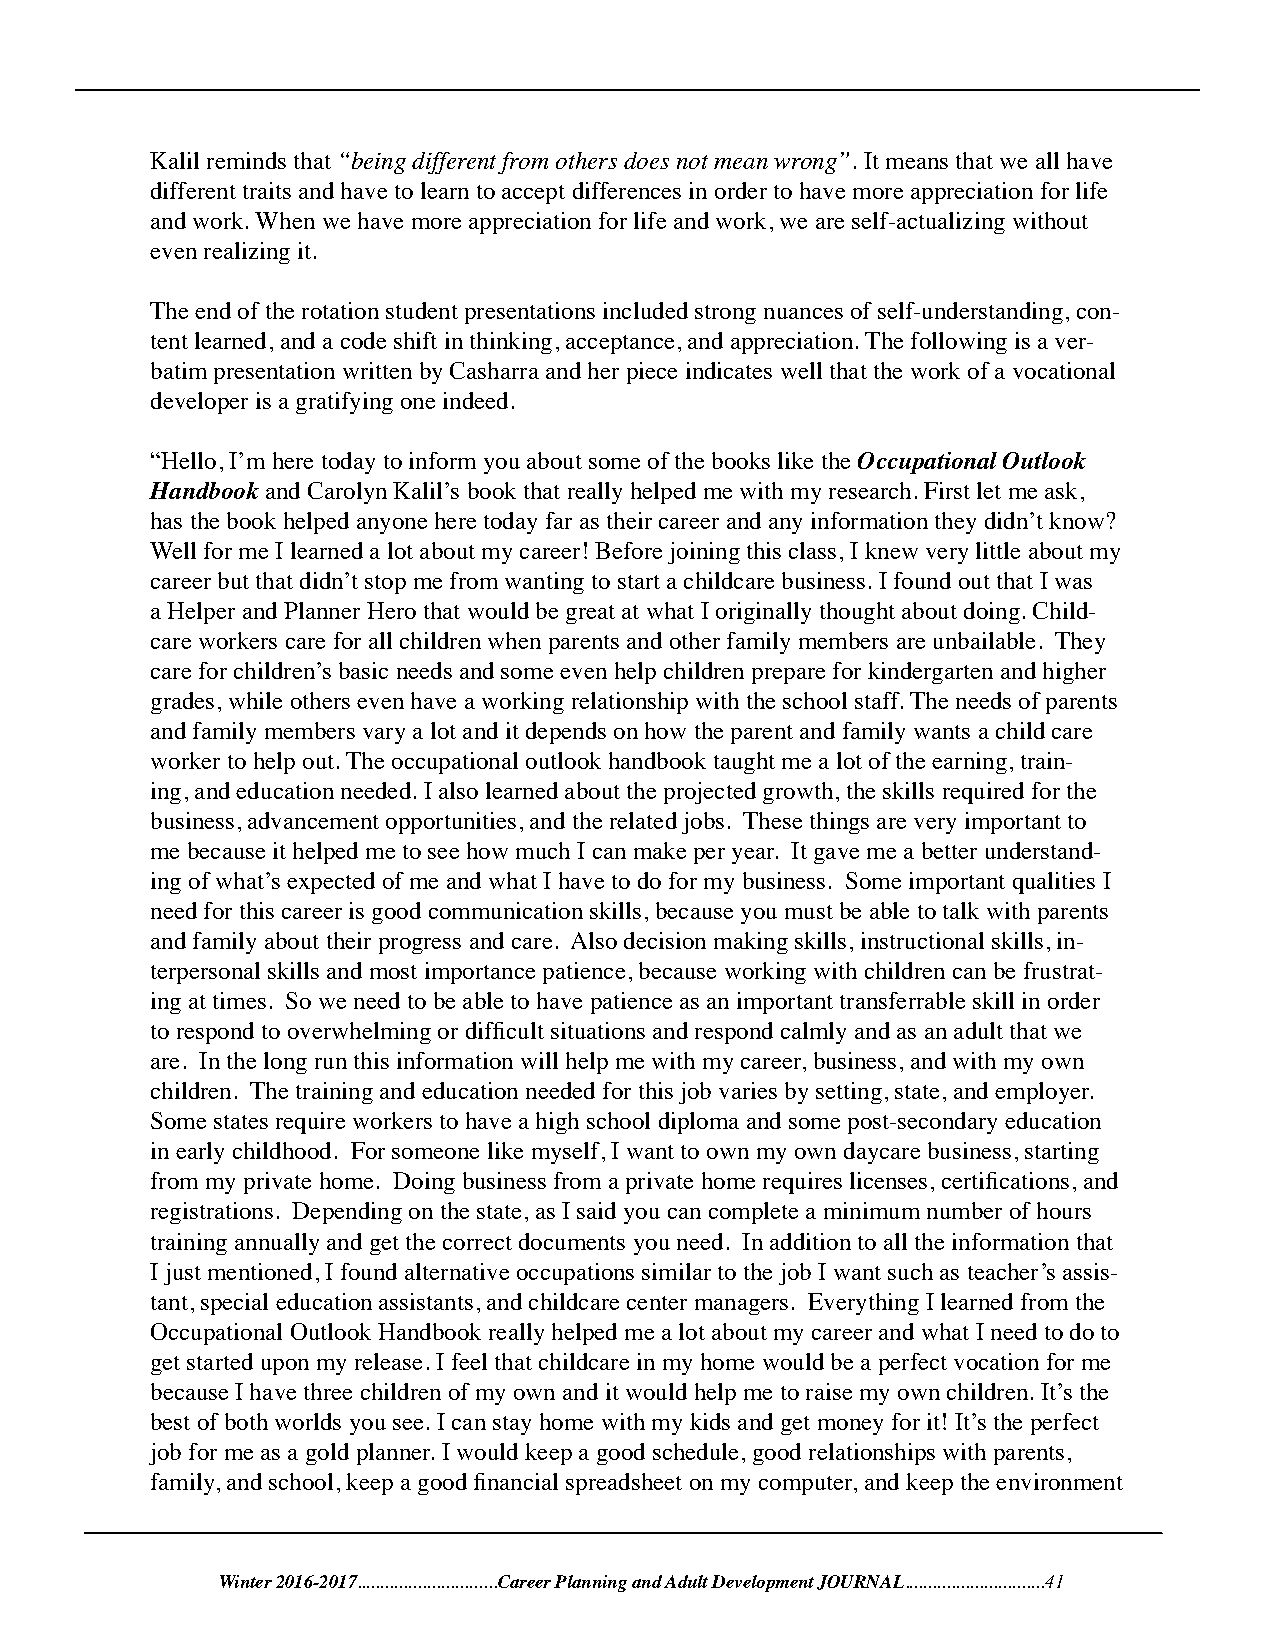
Kalil reminds that “being different from others does not mean wrong”. It means that we all have
 different traits and have to learn to accept differences in order to have more appreciation for life
 and work. When we have more appreciation for life and work, we are self-actualizing without
 even realizing it.
 The end of the rotation student presentations included strong nuances of self-understanding, con-
 tent learned, and a code shift in thinking, acceptance, and appreciation. The following is a ver-
 batim presentation written by Casharra and her piece indicates well that the work of a vocational
 developer is a gratifying one indeed.
 “Hello, I’m here today to inform you about some of the books like the Occupational Outlook
 Handbook and Carolyn Kalil’s book that really helped me with my research. First let me ask,
 has the book helped anyone here today far as their career and any information they didn’t know?
 Well for me I learned a lot about my career! Before joining this class, I knew very little about my
 career but that didn’t stop me from wanting to start a childcare business. I found out that I was
 a Helper and Planner Hero that would be great at what I originally thought about doing. Child-
 care workers care for all children when parents and other family members are unbailable. They
 care for children’s basic needs and some even help children prepare for kindergarten and higher
 grades, while others even have a working relationship with the school staff. The needs of parents
 and family members vary a lot and it depends on how the parent and family wants a child care
 worker to help out. The occupational outlook handbook taught me a lot of the earning, train-
 ing, and education needed. I also learned about the projected growth, the skills required for the
 business, advancement opportunities, and the related jobs. These things are very important to
 me because it helped me to see how much I can make per year. It gave me a better understand-
 ing of what’s expected of me and what I have to do for my business. Some important qualities I
 need for this career is good communication skills, because you must be able to talk with parents
 and family about their progress and care. Also decision making skills, instructional skills, in-
 terpersonal skills and most importance patience, because working with children can be frustrat-
 ing at times. So we need to be able to have patience as an important transferrable skill in order
 to respond to overwhelming or difficult situations and respond calmly and as an adult that we
 are. In the long run this information will help me with my career, business, and with my own
 children. The training and education needed for this job varies by setting, state, and employer.
 Some states require workers to have a high school diploma and some post-secondary education
 in early childhood. For someone like myself, I want to own my own daycare business, starting
 from my private home. Doing business from a private home requires licenses, certifications, and
 registrations. Depending on the state, as I said you can complete a minimum number of hours
 training annually and get the correct documents you need. In addition to all the information that
 I just mentioned, I found alternative occupations similar to the job I want such as teacher’s assis-
 tant, special education assistants, and childcare center managers. Everything I learned from the
 Occupational Outlook Handbook really helped me a lot about my career and what I need to do to
 get started upon my release. I feel that childcare in my home would be a perfect vocation for me
 because I have three children of my own and it would help me to raise my own children. It’s the
 best of both worlds you see. I can stay home with my kids and get money for it! It’s the perfect
 job for me as a gold planner. I would keep a good schedule, good relationships with parents,
 family, and school, keep a good financial spreadsheet on my computer, and keep the environment
 Winter 2016-2017..............................Career Planning and Adult Development JOURNAL..............................41